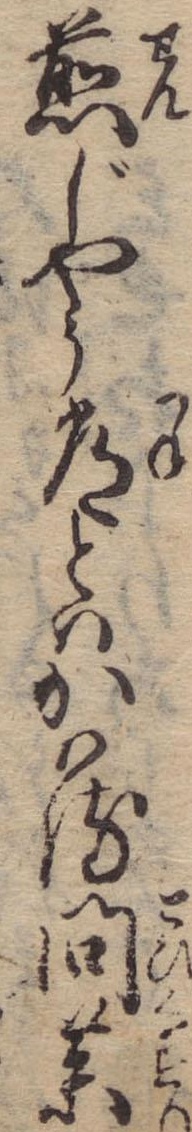
煎じやう常とはかはる問薬